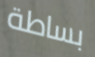
بساطة